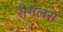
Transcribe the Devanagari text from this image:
रीगलस